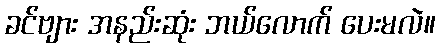
ခင်ဗျား အနည်းဆုံး ဘယ်လောက် ပေးမလဲ။